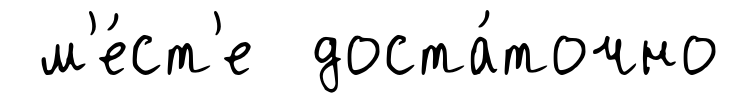
м'е́ст'е доста́точно